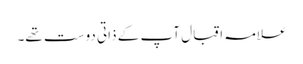
علامہ اقبال آپ کے ذاتی دوست تھے۔